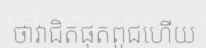
ថាវាជិតផុតពូជហើយ